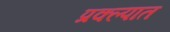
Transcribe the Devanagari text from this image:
प्रक्ल्पात